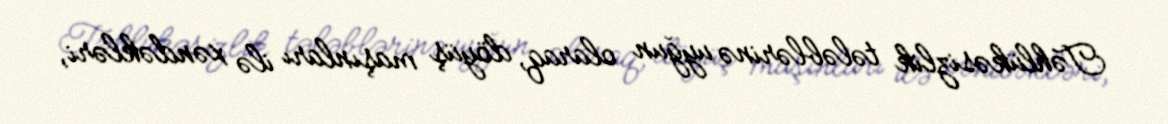
Təhlükəsizlik tələblərinə uyğun olaraq, döyüş maşınları ilə xəndəkləri,